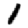
Digit: 1